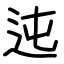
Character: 迍